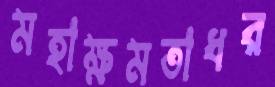
মহাক্ষমতাধর